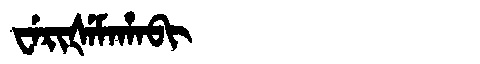
Manchu: ᠸᡝᡵᡳᡧᡝᠮᠠᡥᠠᠪᡳ
Romanization: WERIŠEMAHABI